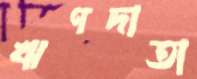
ঋণদাতা